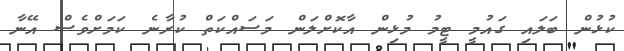
ކުޅުން ބަލައި ގައުމީ ޓީމު މުޅިން އާކޮށްލަން މަސައްކަތް ކުރާނެ ކަމަށްވެސް އޭނާ